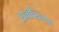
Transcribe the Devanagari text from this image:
ऐनीशिनैबे